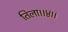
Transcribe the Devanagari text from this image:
तिला।।४।।